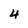
Character: 4